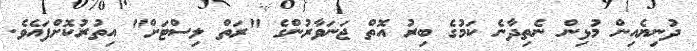
ދުނިޔެއިން މުޅިން ނެތިދާނެ ކަމުގެ ބިރު އޮތްް ޖަނަވާރުންގެ "ރަތް ލިސްޓަށް" އިތުރުކޮށްފައެވެ.